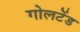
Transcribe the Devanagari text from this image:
गोलटेंड